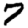
Digit: 7